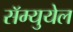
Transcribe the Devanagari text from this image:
सॅम्युयेल